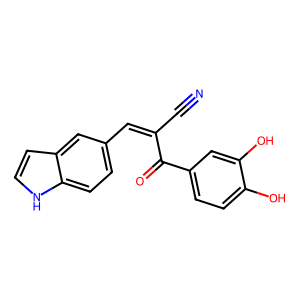
SMILES: N#CC(=Cc1ccc2[nH]ccc2c1)C(=O)c1ccc(O)c(O)c1
Inhibits HIV replication: No